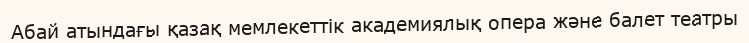
Абай атындағы қазақ мемлекеттік академиялық опера және балет театры